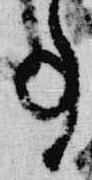
事